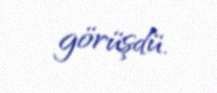
görüşdü.